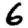
Digit: 6